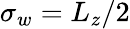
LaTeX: \sigma_{w}=L_{z}/2